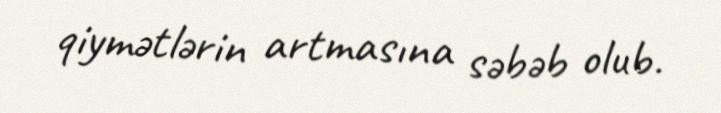
qiymətlərin artmasına səbəb olub.